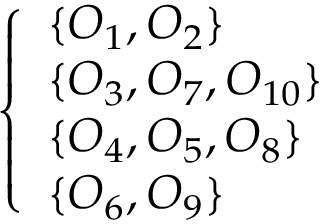
\left\{ \begin{array} { l l } { \{ O _ { 1 } , O _ { 2 } \} } \\ { \{ O _ { 3 } , O _ { 7 } , O _ { 1 0 } \} } \\ { \{ O _ { 4 } , O _ { 5 } , O _ { 8 } \} } \\ { \{ O _ { 6 } , O _ { 9 } \} } \end{array} \right.